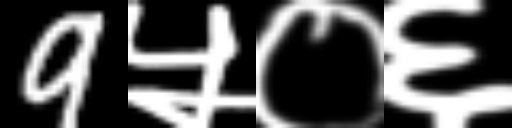
Text: 9५०६